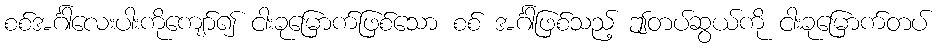
စစ်အင်္ဂါလေးပါးကိုကျော်၍ ငါးခုမြောက်ဖြစ်သော စစ် အင်္ဂါဖြစ်သည့် ဤတပ်ဆွယ်ကို ငါးခုမြောက်တပ်